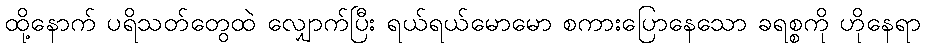
ထို့နောက် ပရိသတ်တွေထဲ လျှောက်ပြီး ရယ်ရယ်မောမော စကားပြောနေသော ခရစ္စကို ဟိုနေရာ